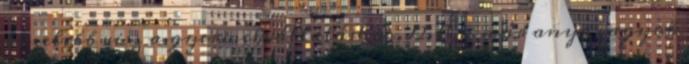
közelebb visz a gyermekvállaláshoz. 12. Én már anya vagyok